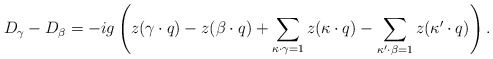
\begin{align*}D_{\gamma}-D_{\beta}=-ig\left(z(\gamma\cdot q)-z(\beta\cdot q)+\sum_{\kappa\cdot\gamma=1}z(\kappa\cdot q)-\sum_{\kappa'\cdot\beta=1}z(\kappa'\cdot q)\right).\end{align*}